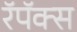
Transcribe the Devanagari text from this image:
रॅपॅक्स